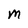
Character: M